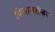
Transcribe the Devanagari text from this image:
पिलाबरोबर